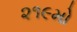
૨૧૯મો